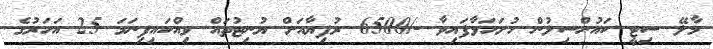
މާލޭ ސިޓީ ކައުންސިލުން ހުށަހަޅާފައިވާ -/6500 ރުފިޔާއަށް ޔުނިޓުތައް ވިއްކައިފިނަމަ 25 އަހަރުގެ